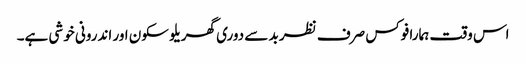
اس وقت ہمارا فوکس صرف نظر بد سے دوری گھریلو سکون اور اندرونی خوشی ہے۔